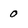
Character: 0